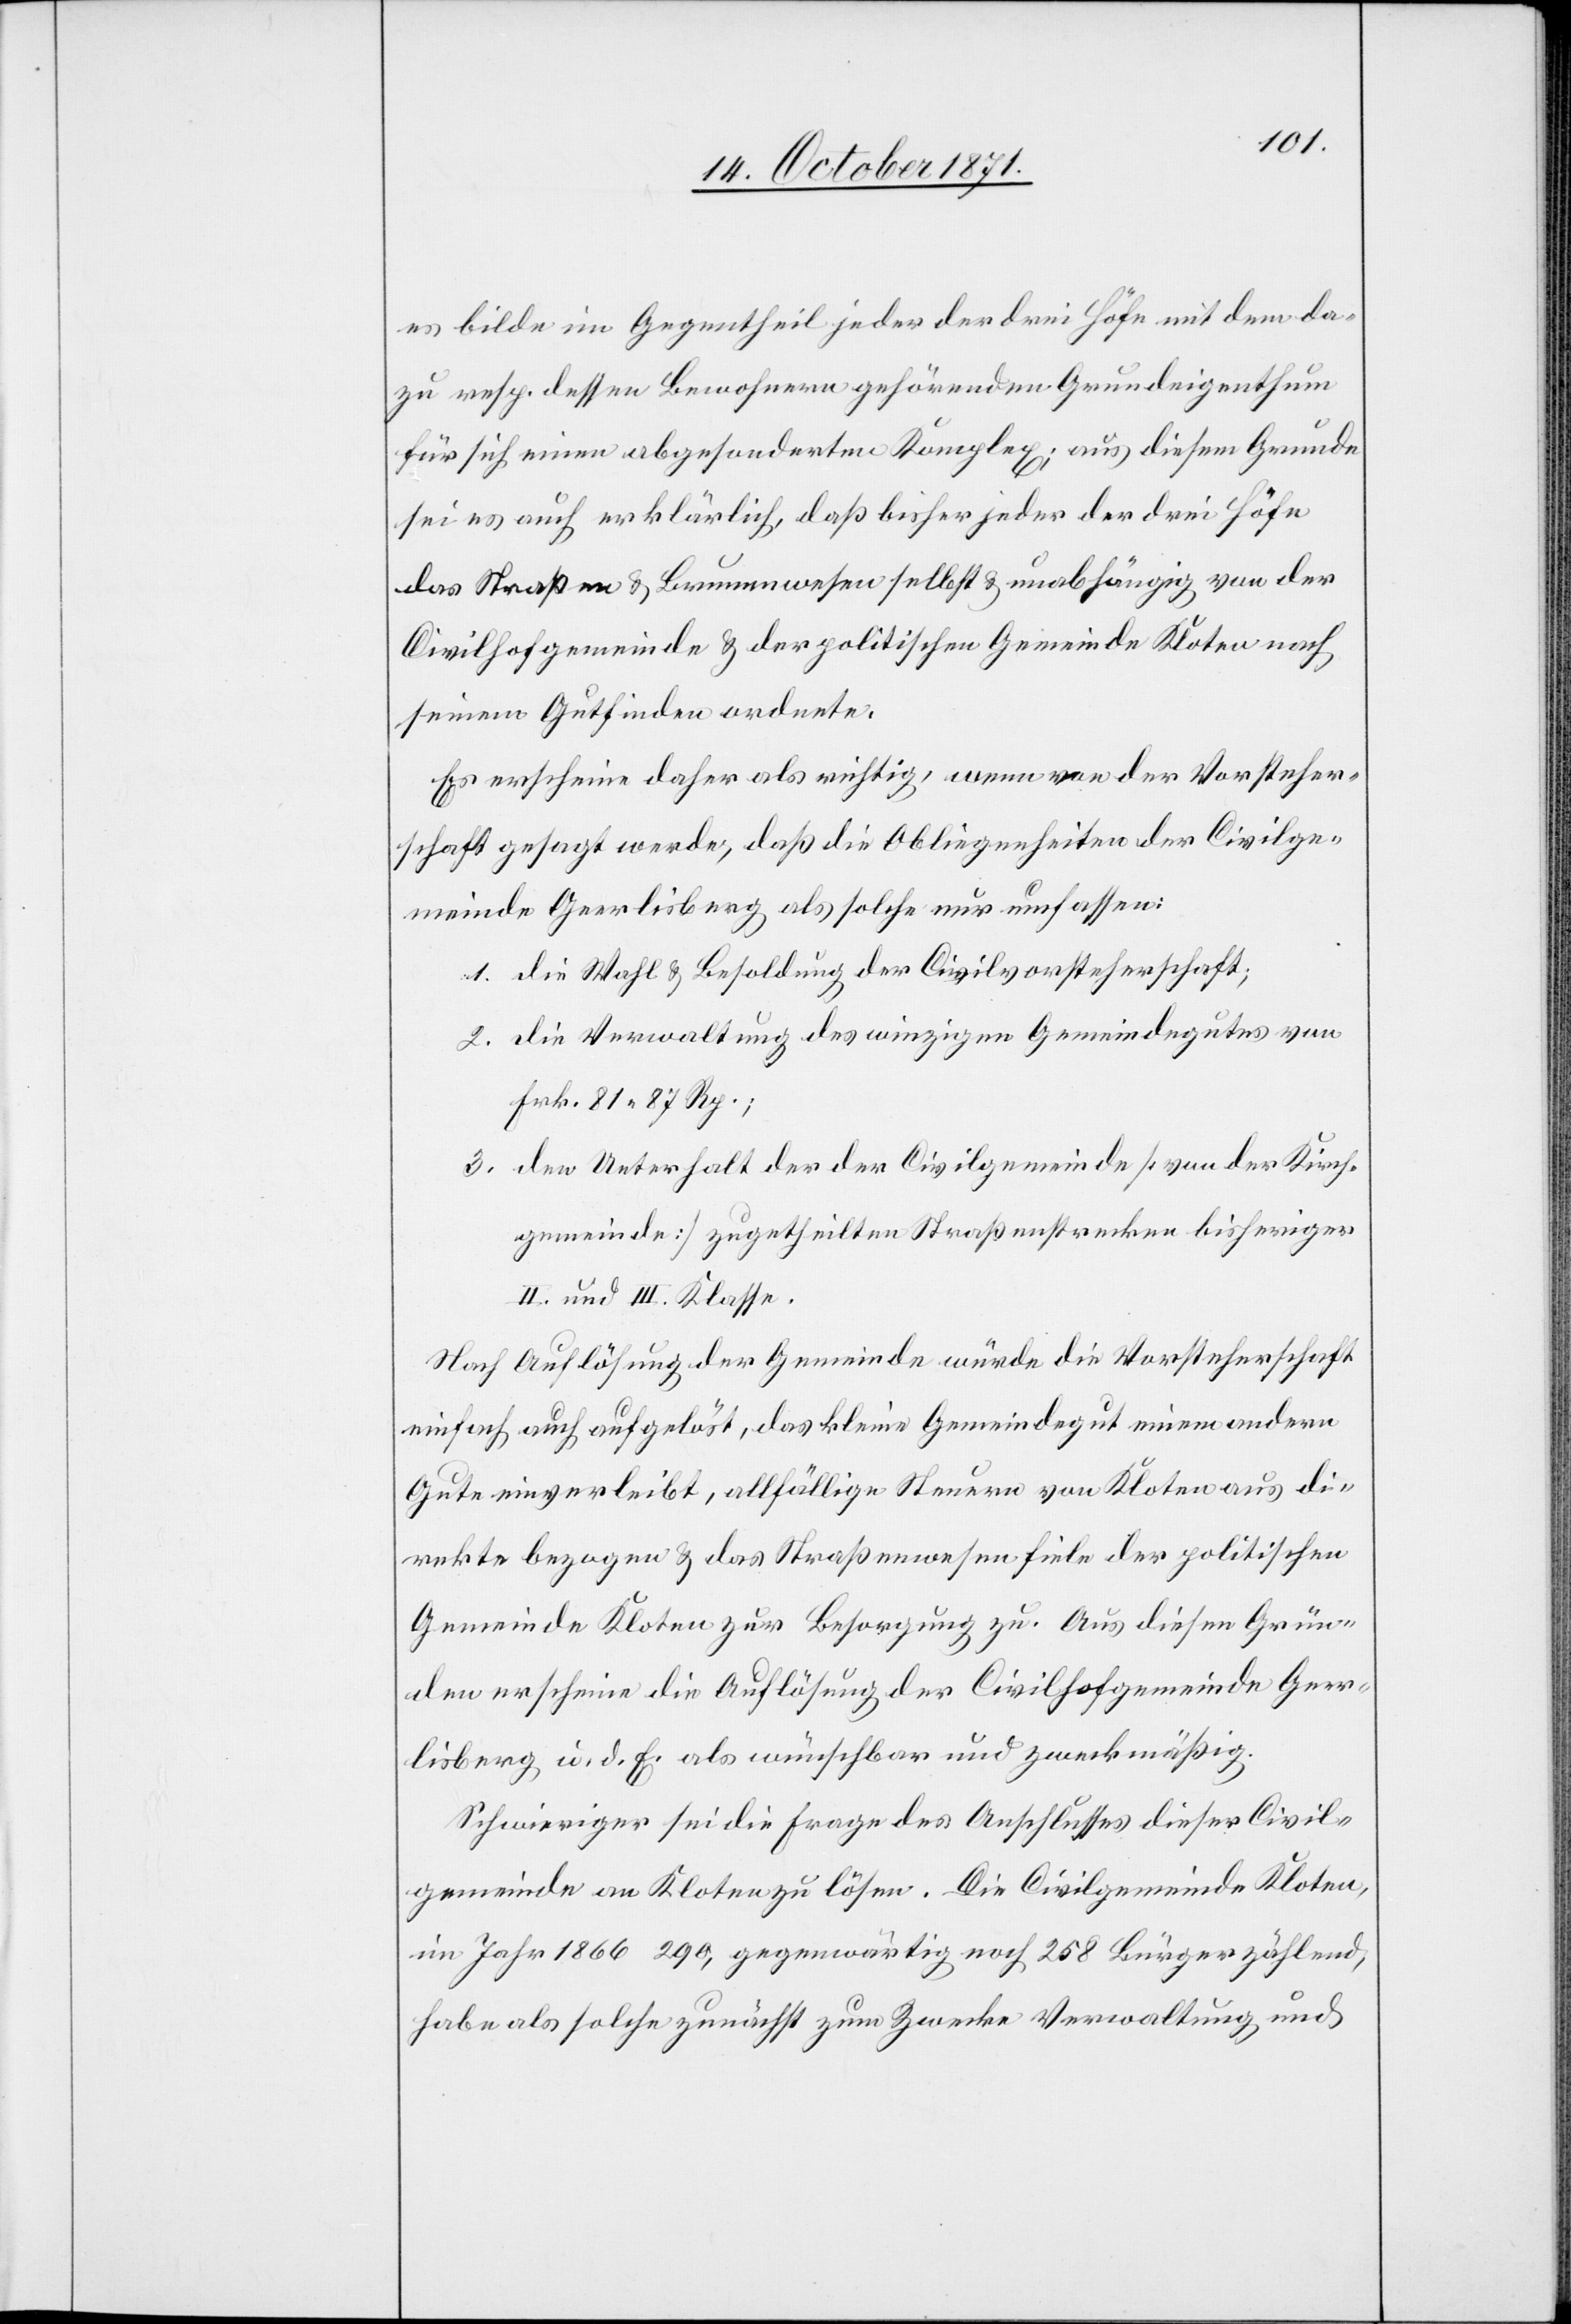
es bilde im Gegentheil jeder der drei Höfe mit dem da¬
zu resp. dessen Bewohnern gehörenden Grundeigenthum
für sich einen abgesonderten Komplex; aus diesem Grunde
sei es auch erklärlich, daß bisher jeder der drei Höfe
das Straßen[-] & Brunnenwesen selbst & unabhängig von der
Civilhofgemeinde & der politischen Gemeinde Kloten nach
seinem Gutfinden ordnete.
Es erscheine daher als richtig, wenn von der Vorsteher¬
schaft gesagt werde, daß die Obliegenheiten der Civilge¬
meinde Geerlisberg als solche nur umfassen:
1. die Wahl & Besoldung der Civilvorsteherschaft;
2. die Verwaltung des winzigen Gemeindegutes von
Frk. 81 87 Rp.;
3. der Unterhalt der der Civilgemeinde [von der Kirch¬
gemeinde] zugetheilten Straßenstrecken bisheriger
II. und III. Klasse.
Nach Auflösung der Gemeinde würde die Vorsteherschaft
einfach auch aufgelöst, das kleine Gemeindegut einem andern
Gute einverleibt, allfällige Steuern von Kloten aus di¬
rekte bezogen & das Straßenwesen fiele der politischen
Gemeinde Kloten zur Besorgung zu. Aus diesen Grün¬
den erscheine die Auflösung der Civilhofgemeinde Geer¬
lisberg u. d. E. als wünschbar und zweckmäßig.
Schwieriger sei die Frage des Anschlusses dieser Civil¬
gemeinde an Kloten zu lösen. Die Civilgemeinde Kloten,
im Jahr 1866 290, gegenwärtig noch 258 Bürger zählend,
habe als solche zunächst zum Zwecke Verwaltung und